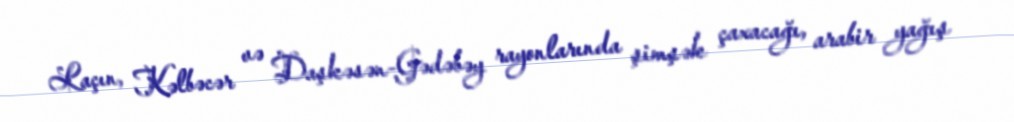
Laçın, Kəlbəcər və Daşkəsən-Gədəbəy rayonlarında şimşək çaxacağı, arabir yağış